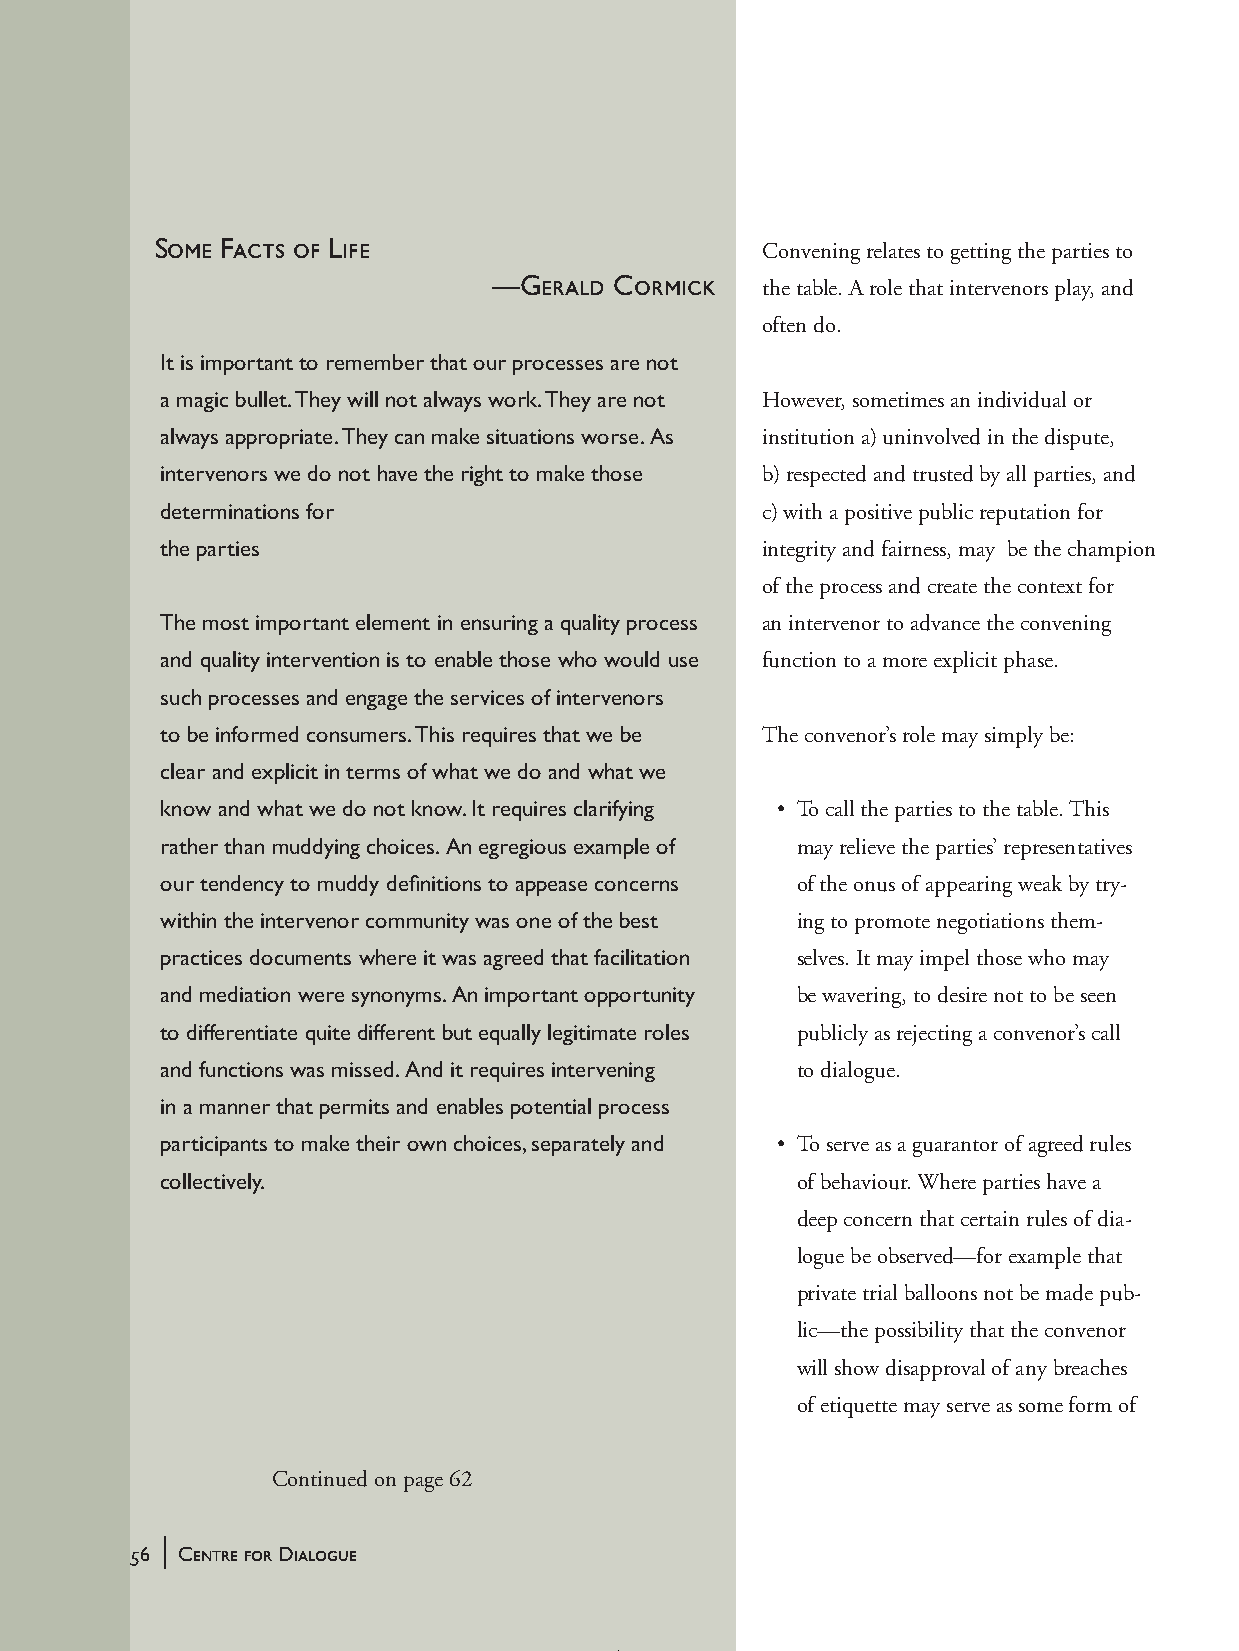
Some Facts of Life                      Convening relates to getting the parties to
 —Gerald  Cormick  the table. A role that intervenors play, and
 often do.
 It is important to remember that our processes are not
 a magic bullet. They will not always work. They are not However, sometimes an individual or
 always appropriate. They can make situations worse. As institution a) uninvolved in the dispute,
 intervenors we do not have the right to make those b) respected and trusted by all parties, and
 determinations for                     c) with a positive public reputation for
 the parties                            integrity and fairness, may be the champion
 of the process and create the context for
 The most important element in ensuring a quality process an intervenor to advance the convening
 and quality intervention is to enable those who would use function to a more explicit phase.
 such processes and engage the services of intervenors
 to be informed consumers. This requires that we be The convenor’s role may simply be:
 clear and explicit in terms of what we do and what we
 know and what we do not know. It requires clarifying • T o call the parties to the table. This
 rather than muddying choices. An egregious example of may relieve the parties’ representatives
 our tendency to muddy definitions to appease concerns of the onus of appearing weak by try-
 within the intervenor community was one of the best ing to promote negotiations them-
 practices documents where it was agreed that facilitation selves. It may impel those who may
 and mediation were synonyms. An important opportunity be wavering, to desire not to be seen
 to differentiate quite different but equally legitimate roles publicly as rejecting a convenor’s call
 and functions was missed. And it requires intervening to dialogue.
 in a manner that permits and enables potential process
 participants to make their own choices, separately and • T o serve as a guarantor of agreed rules
 collectively.                             of behaviour. Where parties have a
 deep concern that certain rules of dia-
 logue be observed—for example that
 private trial balloons not be made pub-
 lic—the possibility that the convenor
 will show disapproval of any breaches
 of etiquette may serve as some form of
 Continued on page 62
 |
 56 Centre for Dialogue
 handbook_web         56                             5/30/04, 4:37 PM